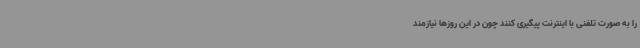
را به صورت تلفنی با اینترنت پیگیری کنند چون در این روزها نیازمند